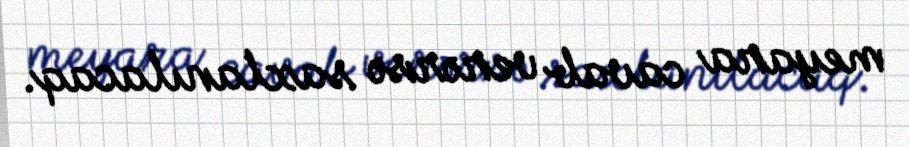
meyara cavab verərsə saxlanılacaq.